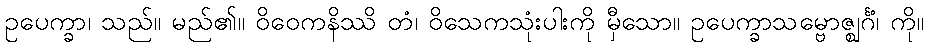
ဥပေက္ခာ၊ သည်။ မည်၏။ ဝိဝေကနိဿိ တံ၊ ဝိသေကသုံးပါးကို မှီသော။ ဥပေက္ခာသမ္ဗောဇ္ဈင်္ဂံ၊ ကို။